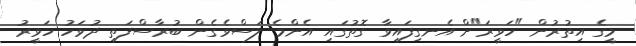
މީގެ އިތުރުން "ހަވީރަ"ށް އެނގިފައިވާ ގޮތުގައި އެންމެ ލަސްވެގެން ބުރާސްފަތި ދުވަހު ހަވީރު